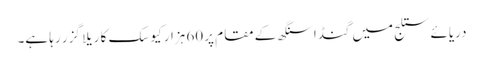
دریائے ستلج میں گنڈا سنگھ کے مقام پر 60 ہزار کیوسک کا ریلا گزر رہا ہے۔